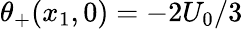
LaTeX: \theta_{+}(x_{1},0)=-2U_{0}/3